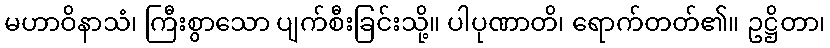
မဟာဝိနာသံ၊ ကြီးစွာသော ပျက်စီးခြင်းသို့။ ပါပုဏာတိ၊ ရောက်တတ်၏။ ဥဋ္ဌိတာ၊